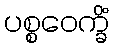
ပစ္စဝေက္ခိံ